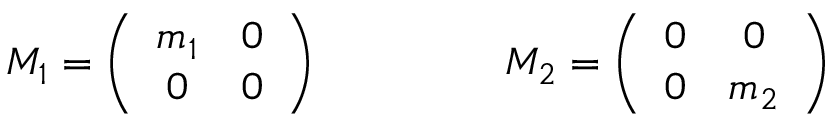
M _ { 1 } = \left( \begin{array} { c c } { { m _ { 1 } } } & { { 0 } } \\ { { 0 } } & { { 0 } } \end{array} \right) \ \ \ \ \ \ \ \ \ \ \ \ \ M _ { 2 } = \left( \begin{array} { c c } { { 0 } } & { { 0 } } \\ { { 0 } } & { { m _ { 2 } } } \end{array} \right)